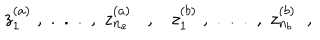
LaTeX: z _ { 1 } ^ { ( a ) } \; , \; . \; . \; . \; , \; z _ { n _ { a } } ^ { ( a ) } , z _ { 1 } ^ { ( b ) } \; , \; . \; . \; . \; , \; z _ { n _ { b } } ^ { ( b ) } \; \; ,